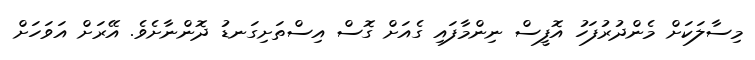
މިސާލަކަށް މެންދުރުފަހު އޮފީސް ނިންމާފައި ގެއަށް ގޮސް އިސްތަށިގަނޑު ދޮންނާށެވެ. އޭރަށް އަވަހަށް